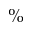
\%